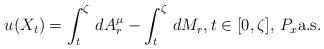
LaTeX: \begin{align*}u(X_t)=\int_t^\zeta\,dA^\mu_r-\int_t^\zeta\,dM_r,t\in [0,\zeta],\, P_x\mbox{a.s.}\end{align*}